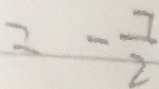
= - \frac { 7 } { 2 }